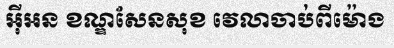
អ៊ីអន ខណ្ឌសែនសុខ វេលាចាប់ពីម៉ោង